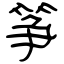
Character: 筝